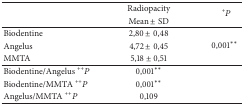
<table><thead><tr><td><b> </b></td><td><b>Radiopacity</b></td><td rowspan="2"><b><sup>+</sup><i>P</i></b></td></tr><tr><td><b> </b></td><td><b>Mean ± SD</b></td></tr></thead><tbody><tr><td>Biodentine</td><td>2,80 ± 0,48</td><td rowspan="3">0,001**</td></tr><tr><td>Angelus</td><td>4,72 ± 0,45</td></tr><tr><td>MMTA</td><td>5,18 ± 0,51</td></tr><tr><td>Biodentine/Angelus <sup>++</sup><i>P</i></td><td>0,001**</td><td> </td></tr><tr><td>Biodentine/MMTA <sup>++</sup><i>P</i></td><td>0,001**</td><td> </td></tr><tr><td>Angelus/MMTA <sup>++</sup><i>P</i></td><td>0,109</td><td> </td></tr></tbody></table>